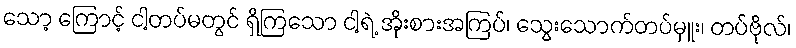
သော့ ကြောင့် ငါ့တပ်မတွင် ရှိကြသော ငါ့ရဲ့ အိုးစားအကြပ်၊ သွေးသောက်တပ်မှူး၊ တပ်ဗိုလ်၊